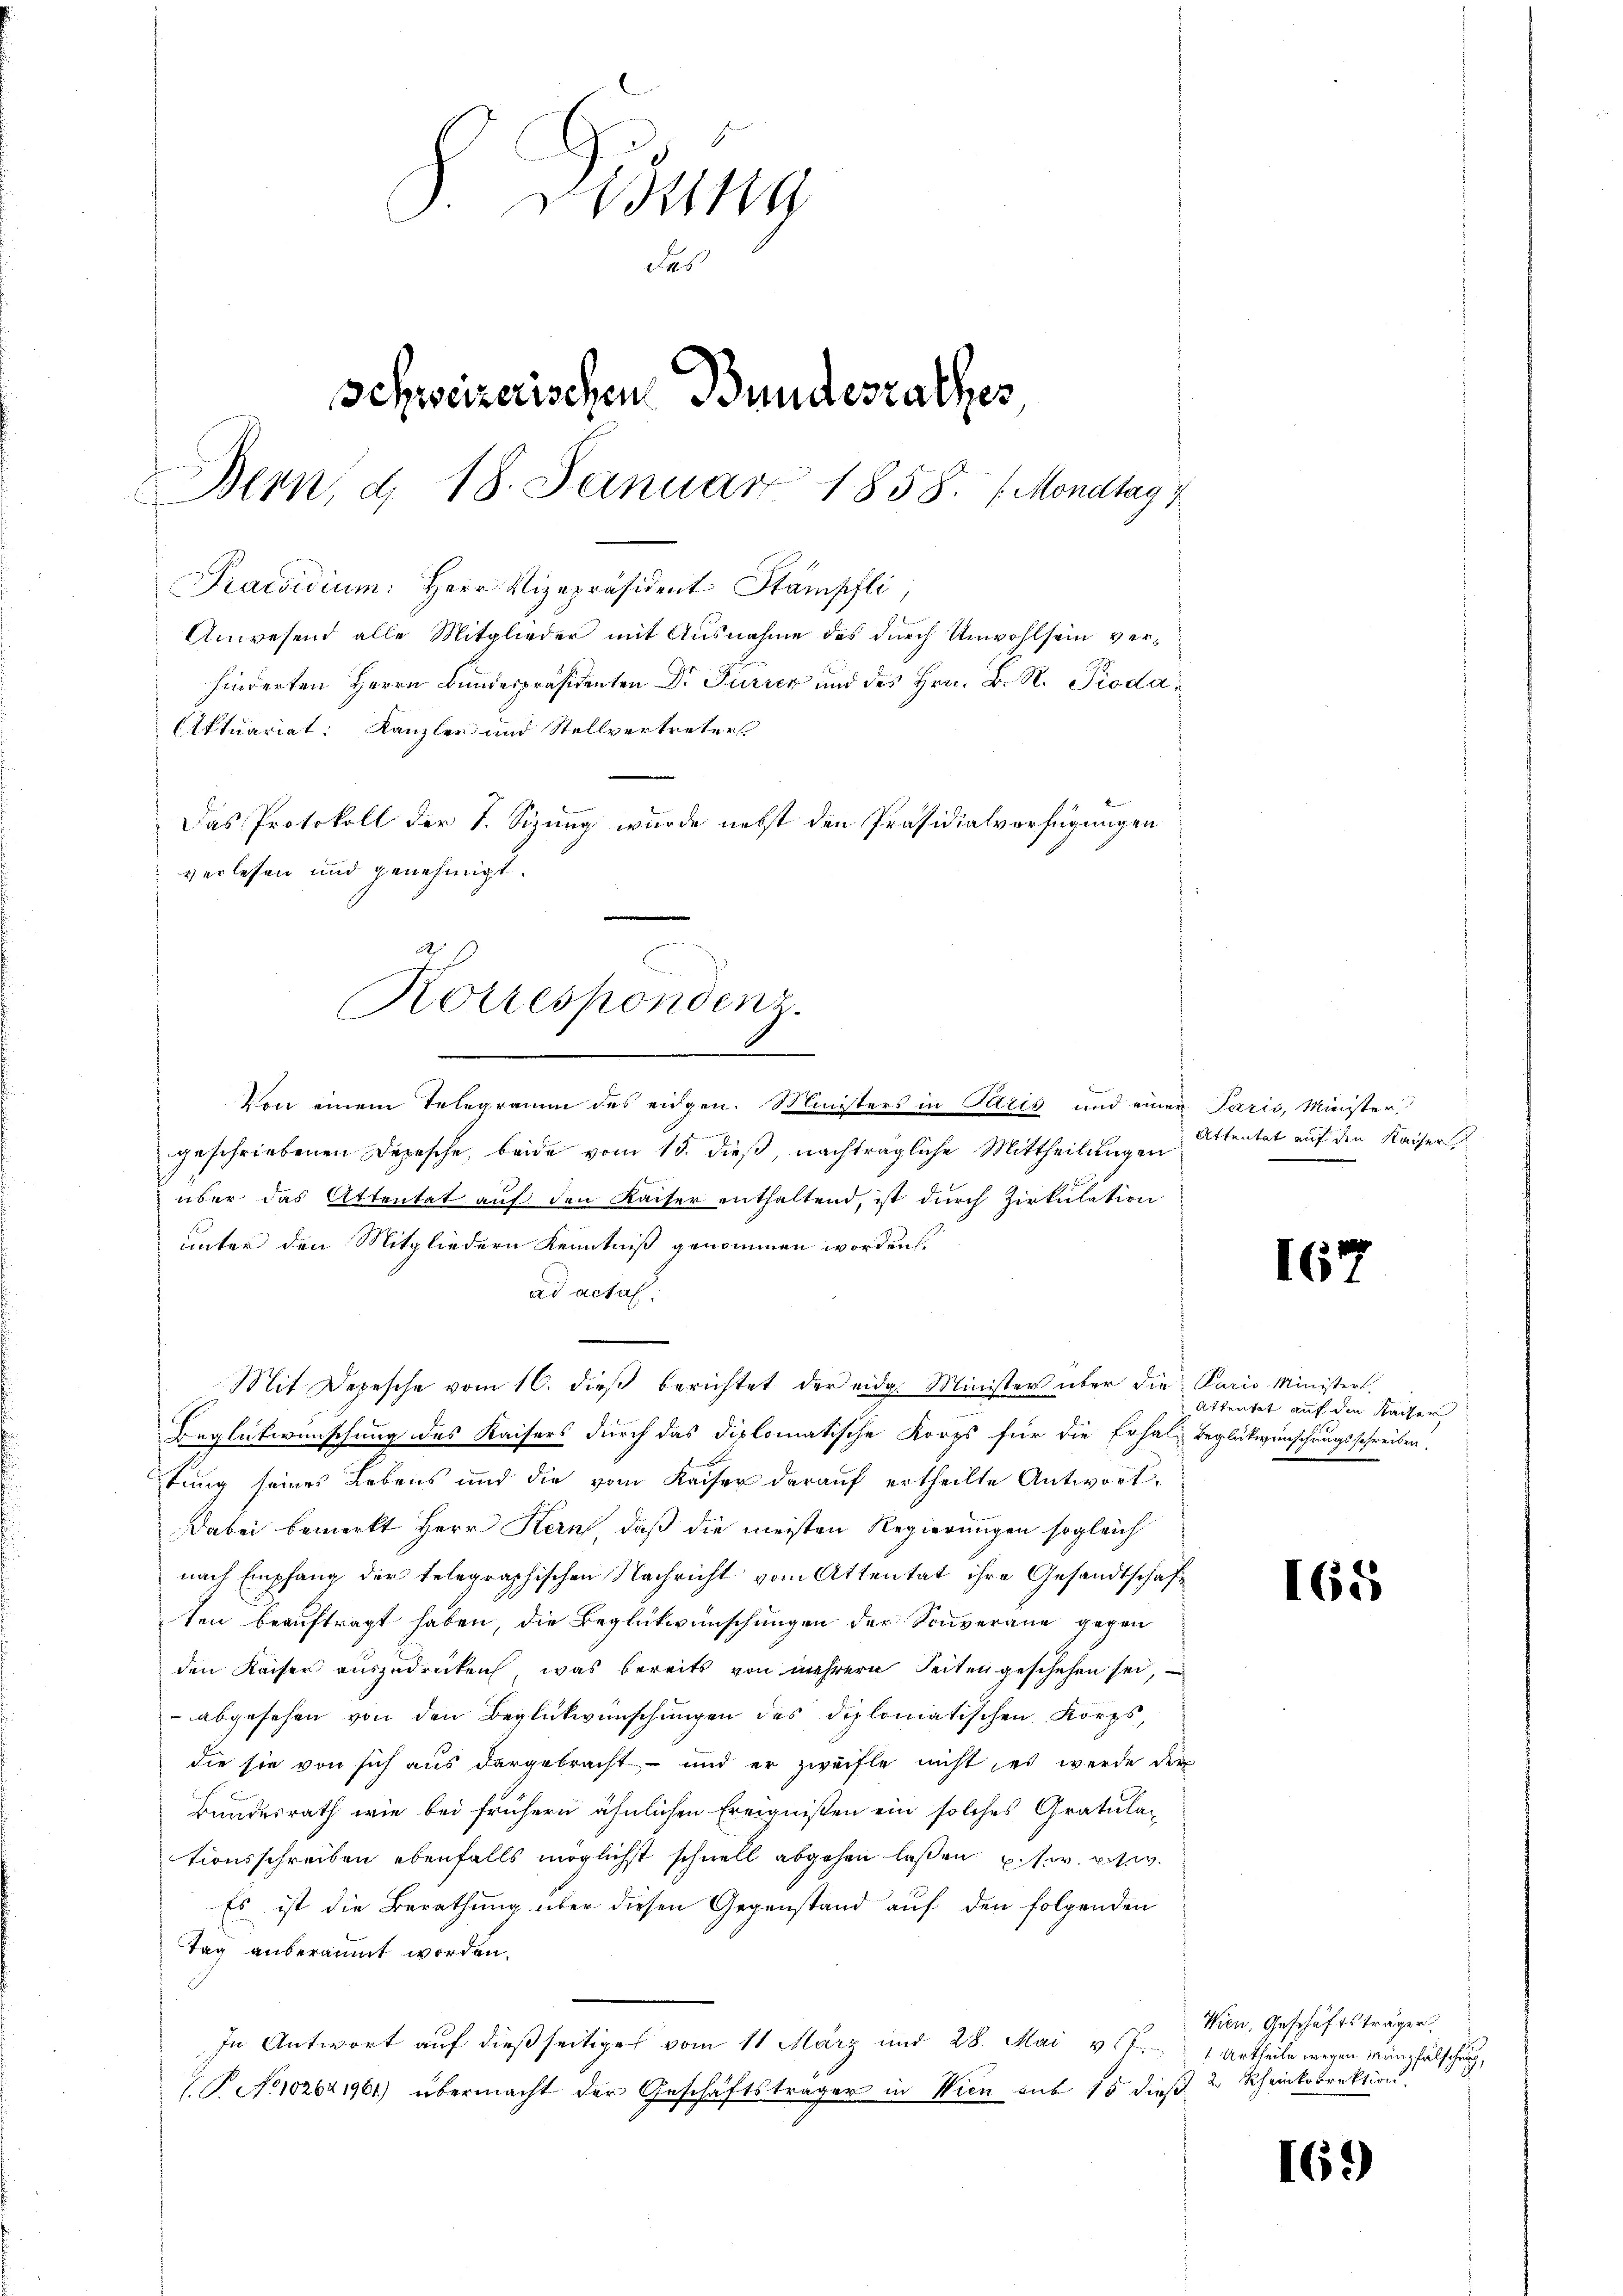
.
Korrespondenz.

Von einem Telegramm des eidgen. Ministers in Paris und einer Paris, Minister.
geschriebenen Depesche, beide vom 15. dieß, nachträgliche Mittheilungen
über das Attentat auf den Kaiser enthaltend, ist durch Zirkulation
unter den Mitgliedern Kenntniß genommen worden.
ad acta.
Mit Depesche vom 16. dieβ berichtet der eidg. Minister über die Paris Minister,
Beglükwünschung des Kaisers durch das diplomatische Korps für die Erhal- Beglückwünschungsschreiben.
tung seines Lebens und die vom Kaiser darauf ertheilte Antwort,
Dabei bemerkt Herr Kern, daß die meisten Regierungen sogleich
nach Empfang der telegraphischen Nachricht vom Attentat ihre Gesandtschaft
ten beauftragt haben, die Beglückwünschungen der Souverane gegen
den Kaiser auszudrücken, was bereits von mehrern Seiten geschehen sei,
abgesehen von den Beglückwünschungen des diplomatischen Korps,
die sie von sich aus dargebracht, - und er zweifle nicht, es werde der
Bundesrath wie bei frühern ähnlichen Ereignißen ein solches Gratula-
tionsschreiben ebenfalls möglichst schnell abgehen laßen usw. usw.
Es ist die Berathung über diesen Gegenstand auf den folgenden
Tag anberaumt worden.
In Antwort auf dießseitiges vom 11 März und 28. Mai v
(S. Nr. 102641961) übermacht der Geschäftsträger in Wien sub 15 dieß

F. Disung
des
Schweizerischen Bundesrathes
Bern, d. 18. Januar 1858. 1 Mondtag 1
Praesidium. Herr Vizepräsident Stämpfli
Anwesend alle Mitglieder mit Ausnahme des durch Unwohlsein verhinderten Herrn Bundespräsidenten Dr Furrer und des Hrn. B. R. Pioda¬
Aktuariat: Kanzler und Stellvertreters
Das Protokoll der 1. Sizung wurde nebst den Präsidialverfügungen
verlesen und genehmigt.

Attentat auf den Kaiser

Attentat auf die Kaiser

Wien, Geschäftsträger
 Urtheile wegen Münzfälschung,
Rheinkorrektion.

167

165

169)